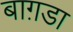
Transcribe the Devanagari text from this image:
बाग़डा